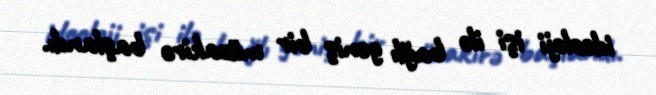
ideoloji işi ilə bağlı geniş bir müzakirə başlandı.